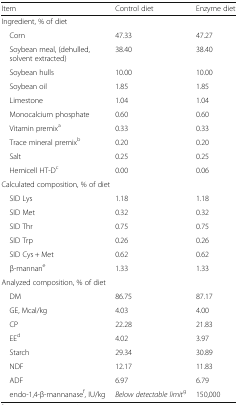
| Item | Control diet | Enzyme diet |
 | --- | --- | --- |
 | <COLSPAN=3> Ingredient, % of diet |
 | Corn | 47.33 | 47.27 |
 | Soybean meal, (dehulled, solvent extracted) | 38.40 | 38.40 |
 | Soybean hulls | 10.00 | 10.00 |
 | Soybean oil | 1.85 | 1.85 |
 | Limestone | 1.04 | 1.04 |
 | Monocalcium phosphate | 0.60 | 0.60 |
 | Vitamin premixa | 0.33 | 0.33 |
 | Trace mineral premixb | 0.20 | 0.20 |
 | Salt | 0.25 | 0.25 |
 | Hemicell HT-Dc | 0.00 | 0.06 |
 | <COLSPAN=3> Calculated composition, % of diet |
 | SID Lys | 1.18 | 1.18 |
 | SID Met | 0.32 | 0.32 |
 | SID Thr | 0.75 | 0.75 |
 | SID Trp | 0.26 | 0.26 |
 | SID Cys + Met | 0.62 | 0.62 |
 | β-mannane | 1.33 | 1.33 |
 | <COLSPAN=3> Analyzed composition, % of diet |
 | DM | 86.75 | 87.17 |
 | GE, Mcal/kg | 4.03 | 4.00 |
 | CP | 22.28 | 21.83 |
 | EEd | 4.02 | 3.97 |
 | Starch | 29.34 | 30.89 |
 | NDF | 12.17 | 11.83 |
 | ADF | 6.97 | 6.79 |
 | endo-1,4-β-mannanasef, IU/kg | Below detectable limitg | 150,000 |